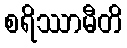
စရိဿာမီတိ